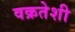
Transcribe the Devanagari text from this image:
वक्रतेशी